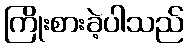
ကြိုးစားခဲ့ပါသည်